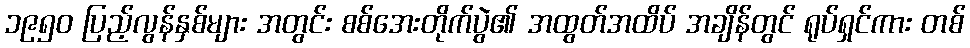
၁၉၅၀ ပြည့်လွန်နှစ်များ အတွင်း စစ်အေးတိုက်ပွဲ၏ အထွတ်အထိပ် အချိန်တွင် ရုပ်ရှင်ကား တစ်